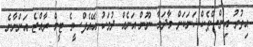
އިތުރު އިންސްޕެކްޝަނަކަށް މާދަމާ ނޫން އަނެއް ދުވަހު އޭއެފްސީގެ ޓީމް ރާއްޖެ އަންނާނެ